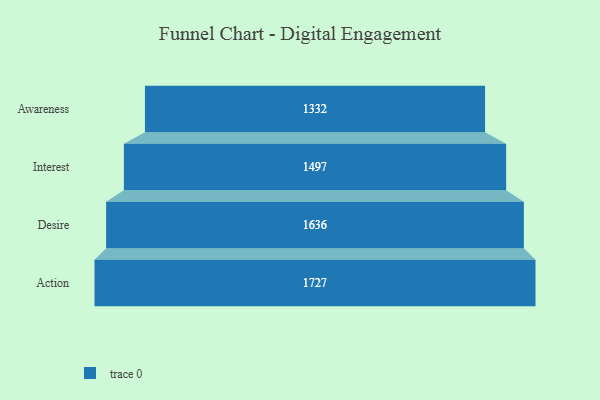
{"axis": {"x": "Stage", "y": "Value"}, "legend": [""], "data": [{"x": "Awareness", "y": 1332.0, "type": ""}, {"x": "Interest", "y": 1497.0, "type": ""}, {"x": "Desire", "y": 1636.0, "type": ""}, {"x": "Action", "y": 1727.0, "type": ""}]}